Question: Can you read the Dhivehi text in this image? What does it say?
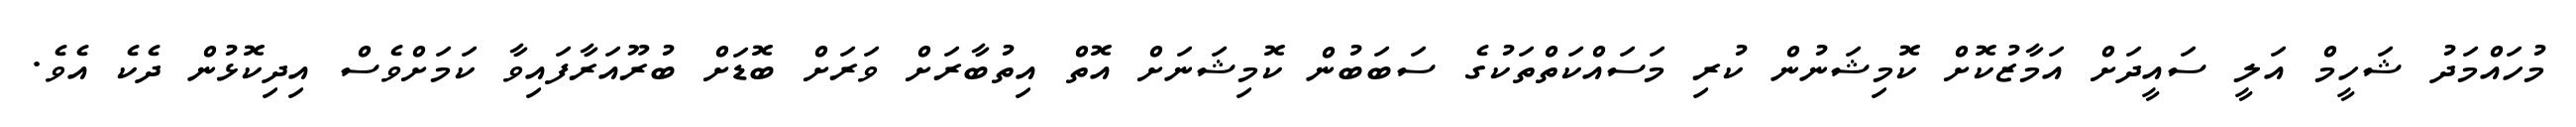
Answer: މުހައްމަދު ޝަހީމް އަލީ ސައީދަށް އަމާޒުކޮށް ކޮމިޝަނުން ކުރި މަސައްކަތްތަކުގެ ސަބަބުން ކޮމިޝަނަށް އޮތް އިތުބާރަށް ވަރަށް ބޮޑަށް ބުރޫއަރާފައިވާ ކަމަށްވެސް އިދިކޮޅުން ދެކެ އެވެ.